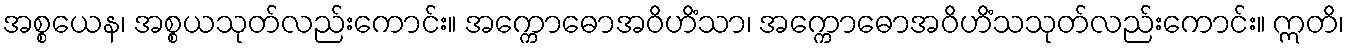
အစ္စယေန၊ အစ္စယသုတ်လည်းကောင်း။ အက္ကောဓောအဝိဟိံသာ၊ အက္ကောဓောအဝိဟိံသသုတ်လည်းကောင်း။ ဣတိ၊